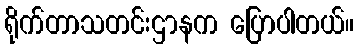
ရိုက်တာသတင်းဌာနက ပြောပါတယ်။